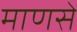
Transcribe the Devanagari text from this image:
माणसें